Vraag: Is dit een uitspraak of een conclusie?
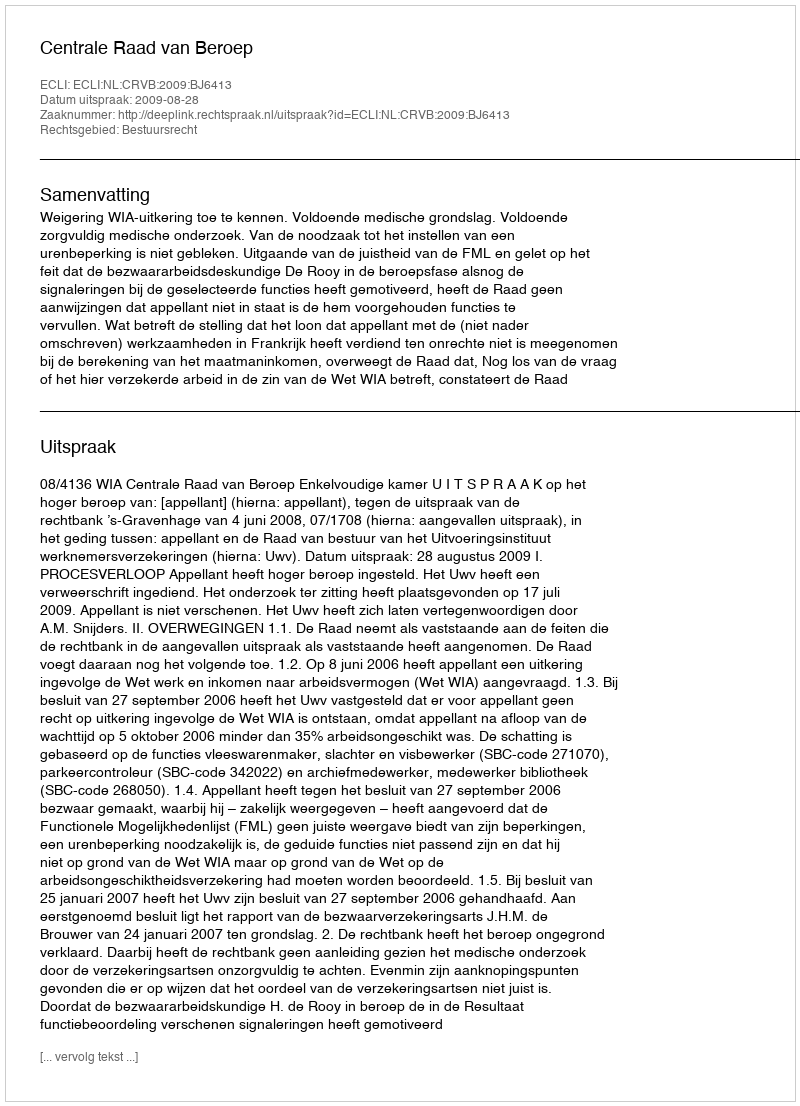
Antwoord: Uitspraak